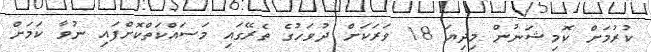
ކުރުމަށް ކޮމިޝަނުން މިދިޔަ 18 ވަރަކަށް ދުވަހުގެ ތެރޭގައި މަސައްކަތްކޮށްފައި ނުވާ ކަމަށް